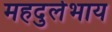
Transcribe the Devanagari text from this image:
महदुर्लभाय